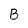
Character: B